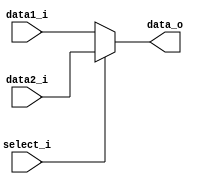
module MUX8 (data1_i, data2_i, select_i, data_o);

input [7:0] data1_i;
input [7:0] data2_i;
input select_i;
output [7:0] data_o;

assign data_o = (!select_i) ? data1_i : data2_i;

endmodule